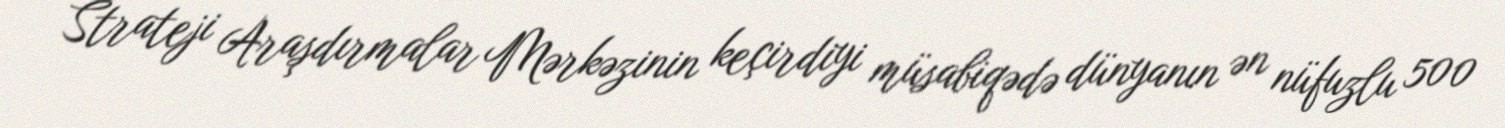
Strateji Araşdırmalar Mərkəzinin keçirdiyi müsabiqədə dünyanın ən nüfuzlu 500